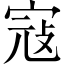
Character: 寇